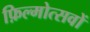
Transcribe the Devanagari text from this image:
फ़िल्मोत्सवों